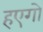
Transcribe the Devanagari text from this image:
हएगो